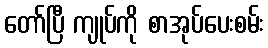
တော်ပြီ ကျုပ်ကို စာအုပ်ပေးစမ်း